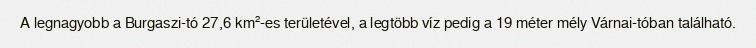
A legnagyobb a Burgaszi-tó 27,6 km²-es területével, a legtöbb víz pedig a 19 méter mély Várnai-tóban található.